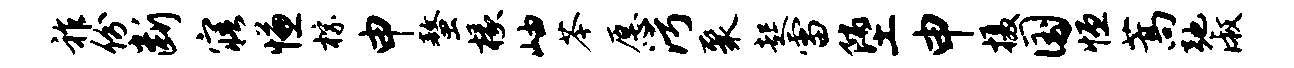
祚份断寤慊棕申螯椽岫苓愿污聚起雷堕申摄国恒蒿弛淑